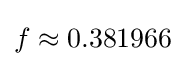
f\approx 0.381966